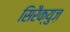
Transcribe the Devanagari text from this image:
सिरैक्युज़